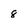
Character: 8